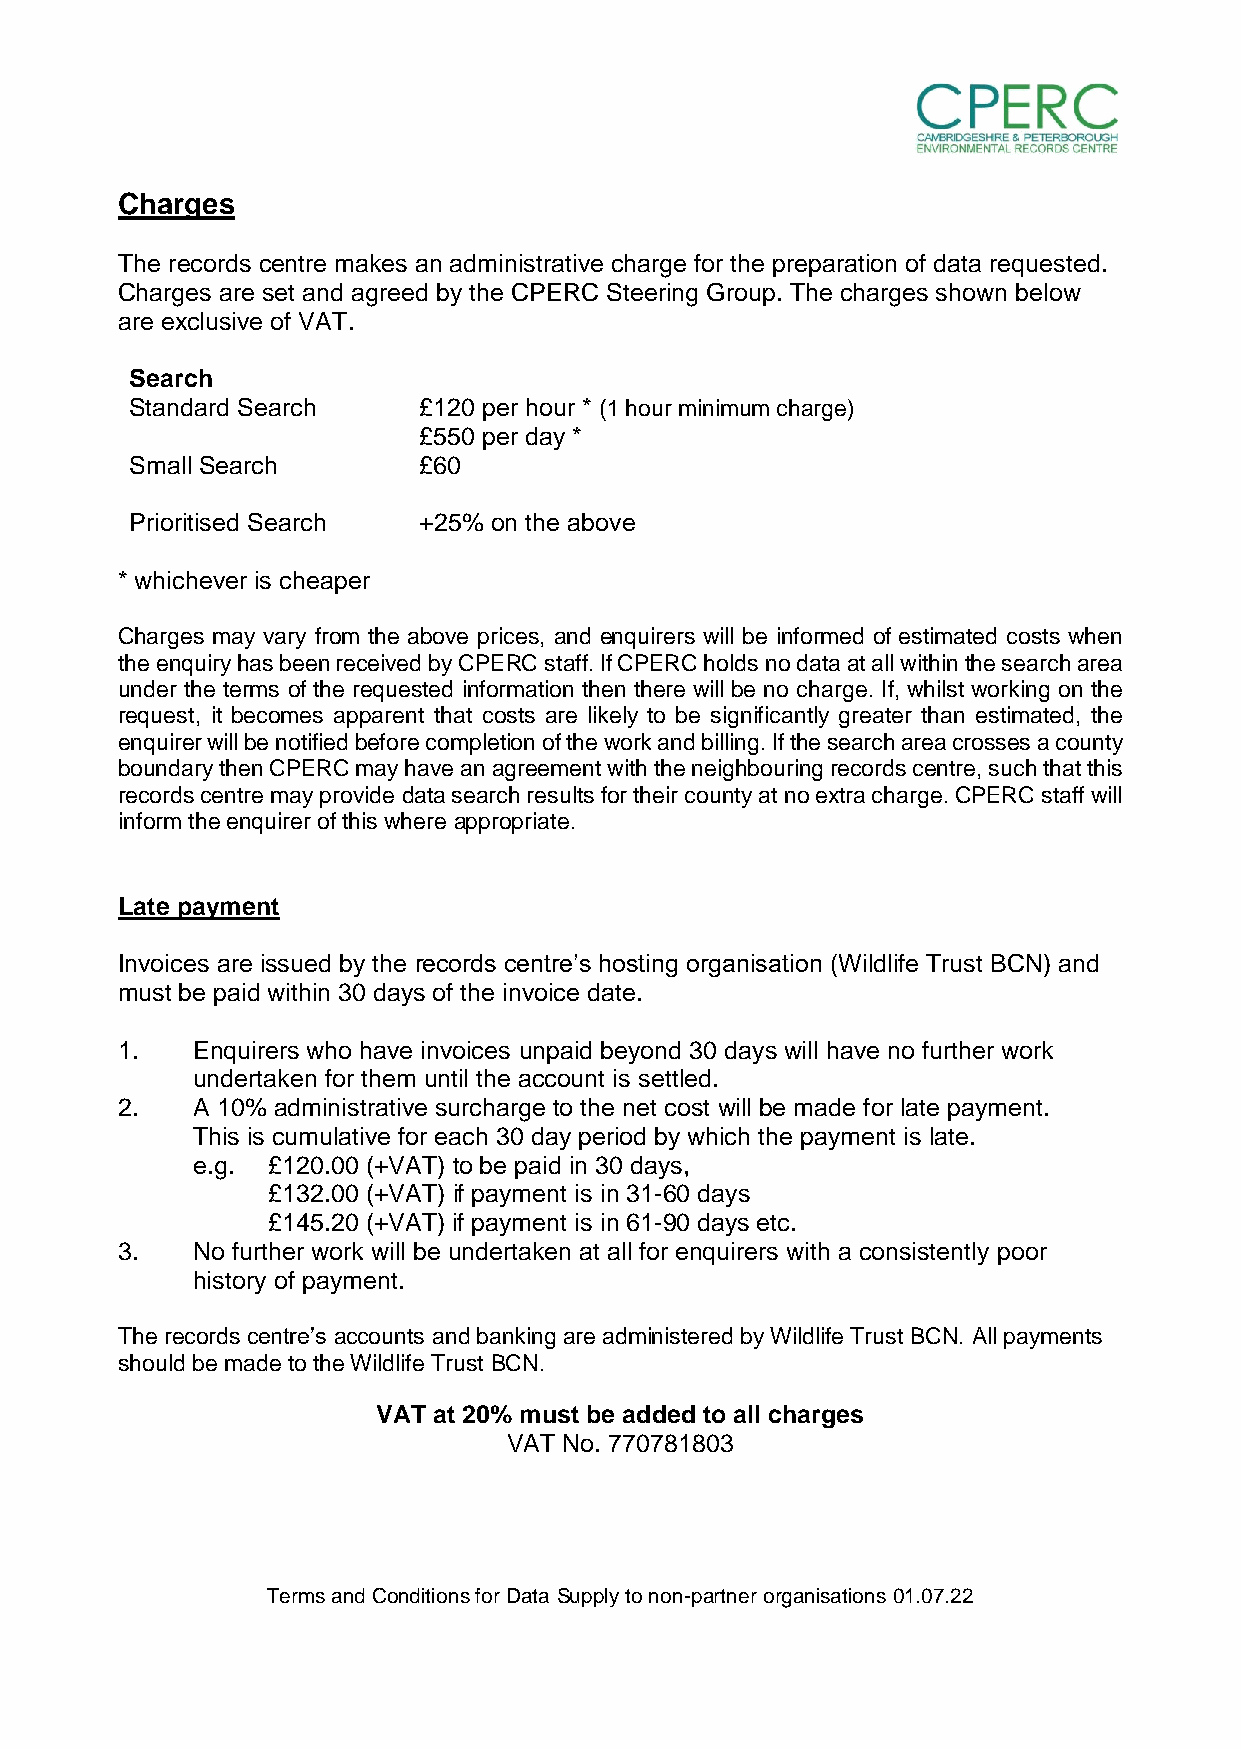
Charges
 The records centre makes an administrative charge for the preparation of data requested.
 Charges are set and agreed by the CPERC Steering Group. The charges shown below
 are exclusive of VAT.
 Search
 Standard Search    £120 per hour * (1 hour minimum charge)
 £550 per day *
 Small Search       £60
 Prioritised Search +25% on the above
 * whichever is cheaper
 Charges may vary from the above prices, and enquirers will be informed of estimated costs when
 the enquiry has been received by CPERC staff. If CPERC holds no data at all within the search area
 under the terms of the requested information then there will be no charge. If, whilst working on the
 request, it becomes apparent that costs are likely to be significantly greater than estimated, the
 enquirer will be notified before completion of the work and billing. If the search area crosses a county
 boundary then CPERC may have an agreement with the neighbouring records centre, such that this
 records centre may provide data search results for their county at no extra charge. CPERC staff will
 inform the enquirer of this where appropriate.
 Late payment
 Invoices are issued by the records centre’s hosting organisation (Wildlife Trust BCN) and
 must be paid within 30 days of the invoice date.
 1.   Enquirers who have invoices unpaid beyond 30 days will have no further work
 undertaken for them until the account is settled.
 2.   A 10% administrative surcharge to the net cost will be made for late payment.
 This is cumulative for each 30 day period by which the payment is late.
 e.g. £120.00 (+VAT) to be paid in 30 days,
 £132.00 (+VAT) if payment is in 31-60 days
 £145.20 (+VAT) if payment is in 61-90 days etc.
 3.   No further work will be undertaken at all for enquirers with a consistently poor
 history of payment.
 The records centre’s accounts and banking are administered by Wildlife Trust BCN. All payments
 should be made to the Wildlife Trust BCN.
 VAT at 20% must be added to all charges
 VAT No. 770781803
 Terms and Conditions for Data Supply to non-partner organisations 01.07.22